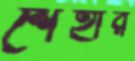
শেহার